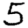
Digit: 5